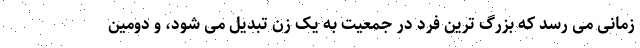
زمانی می رسد که بزرگ ترین فرد در جمعیت به یک زن تبدیل می شود، و دومین